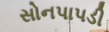
સોનપાપડી